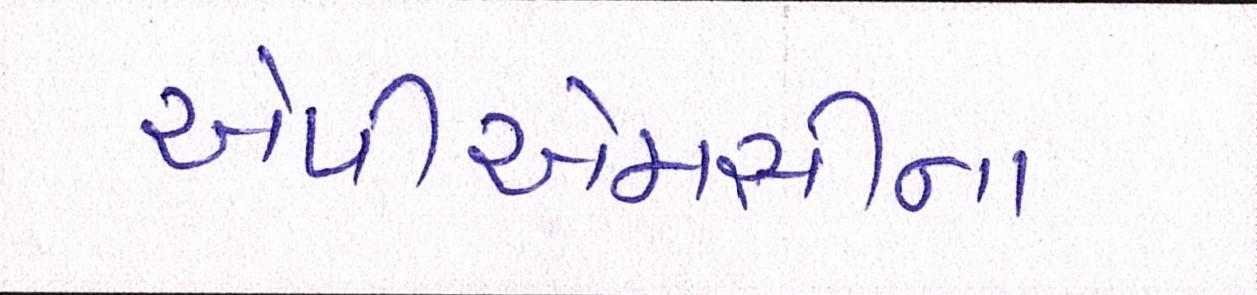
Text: એપીએમસીના